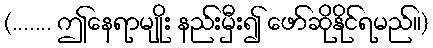
(....... ဤနေရာမျိုး နည်းမှီး၍ ဖော်ဆိုနိုင်ရမည်။)